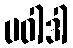
ပဝါဒါ